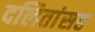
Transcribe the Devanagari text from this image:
दलितांसह